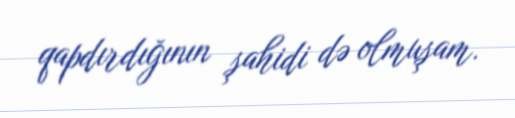
qapdırdığının şahidi də olmuşam.